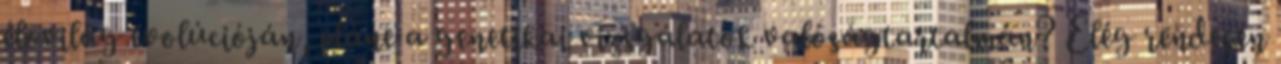
élővilág evolúcióján, pláne a genetikai vizsgálatok valóságtartalmán? Elég rendesen